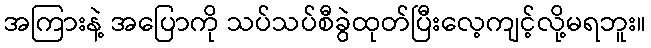
အကြားနဲ့ အပြောကို သပ်သပ်စီခွဲထုတ်ပြီးလေ့ကျင့်လို့မရဘူး။